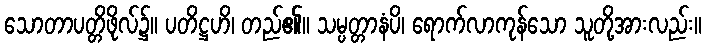
သောတာပတ္တိဖိုလ်၌။ ပတိဋ္ဌဟိ၊ တည်၏။ သမ္ပတ္တာနံပိ၊ ရောက်လာကုန်သော သူတို့အားလည်း။